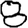
Digit: 8